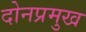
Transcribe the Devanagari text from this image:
दोनप्रमुख